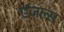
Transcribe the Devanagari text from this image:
एंजल्‍स